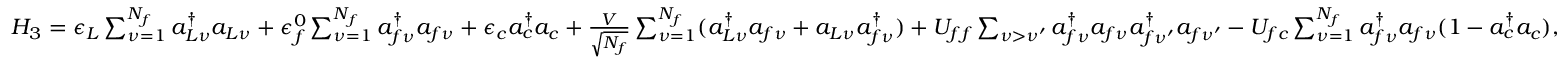
\begin{array} { r } { H _ { 3 } = \epsilon _ { L } \sum _ { \nu = 1 } ^ { N _ { f } } a _ { L \nu } ^ { \dag } a _ { L \nu } + \epsilon _ { f } ^ { 0 } \sum _ { \nu = 1 } ^ { N _ { f } } a _ { f \nu } ^ { \dag } a _ { f \nu } + \epsilon _ { c } a _ { c } ^ { \dag } a _ { c } + \frac { V } { \sqrt { N _ { f } } } \sum _ { \nu = 1 } ^ { N _ { f } } ( a _ { L \nu } ^ { \dag } a _ { f \nu } + a _ { L \nu } a _ { f \nu } ^ { \dag } ) + U _ { f f } \sum _ { \nu > \nu ^ { \prime } } a _ { f \nu } ^ { \dag } a _ { f \nu } a _ { f \nu ^ { \prime } } ^ { \dag } a _ { f \nu ^ { \prime } } - U _ { f c } \sum _ { \nu = 1 } ^ { N _ { f } } a _ { f \nu } ^ { \dag } a _ { f \nu } ( 1 - a _ { c } ^ { \dag } a _ { c } ) , } \end{array}